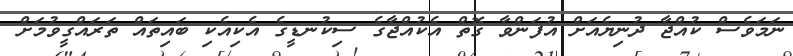
ނަމަވެސް ކުއްޖާ ދުނިޔެއަށް އުފަންވާ ގޮތް އެކުއްޖާގެ ސިކުނޑީގެ އެކިއެކި ބައިތައް ތަރައްގީވުމަށް